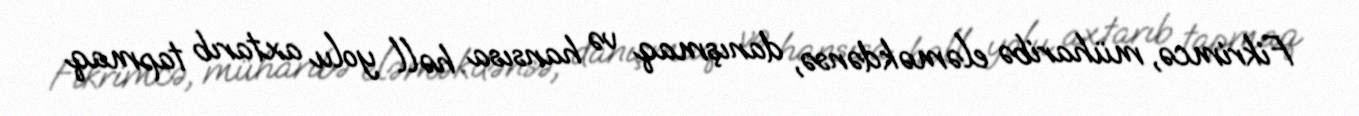
Fikrimcə, müharibə eləməkdənsə, danışmaq və hansısa həll yolu axtarıb tapmaq